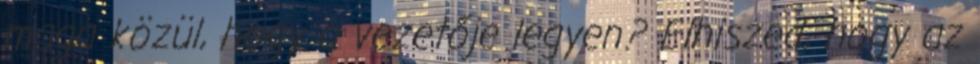
maga közül, hogy a vezetője legyen? Elhiszed, hogy az